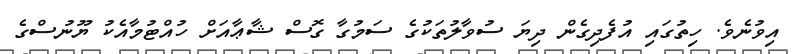
އިވުނެވެ. ހިތުގައި އުފެދިގެން ދިޔަ ސުވާލުތަކުގެ ސަމުގާ ގޮސް ޝާޢާއަށް ހުއްޓުމާއެކު ޔޫނުސްގެ